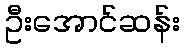
ဦးအောင်ဆန်း